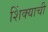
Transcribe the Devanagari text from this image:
शिंक्याची